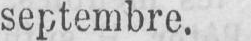
septembre.